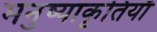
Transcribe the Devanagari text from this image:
मनुष्याकृतियाँ